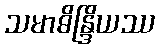
သမာဓိန္ဒြိယဿ